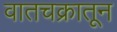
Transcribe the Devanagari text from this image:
वातचक्रातून